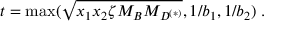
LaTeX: t = \mathrm { m a x } ( \sqrt { x _ { 1 } x _ { 2 } \zeta M _ { B } M _ { D ^ { ( * ) } } } , 1 / b _ { 1 } , 1 / b _ { 2 } ) \; .